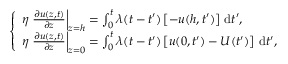
\left\{ \begin{array} { l l } { \eta \left. \frac { \partial u ( z , t ) } { \partial z } \right| _ { z = h } = \int _ { 0 } ^ { t } \lambda ( t - t ^ { \prime } ) \left[ - u ( h , t ^ { \prime } ) \right] \, \mathrm { d } t ^ { \prime } , } \\ { \eta \left. \frac { \partial u ( z , t ) } { \partial z } \right| _ { z = 0 } = \int _ { 0 } ^ { t } \lambda ( t - t ^ { \prime } ) \left[ u ( 0 , t ^ { \prime } ) - U ( t ^ { \prime } ) \right] \, \mathrm { d } t ^ { \prime } , } \end{array} \right.